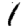
Digit: 1